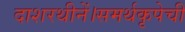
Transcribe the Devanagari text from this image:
दाशरथीनें।समर्थकृपेचीं